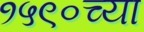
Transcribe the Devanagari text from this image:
१५९०च्या